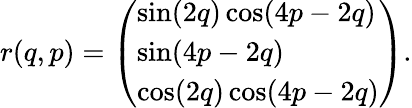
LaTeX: r(q,p)=\left(\begin{array}{l}{\sin(2q)\cos(4p-2q)}\\ {\sin(4p-2q)}\\ {\cos(2q)\cos(4p-2q)}\end{array}\right).